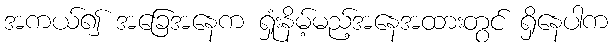
အကယ်၍ အခြေအနေက ရှုံးနိမ့်မည့်အနေအထားတွင် ရှိနေပါက